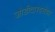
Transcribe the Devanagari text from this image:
जोडीदारबरोबर